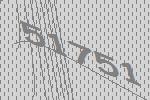
51751